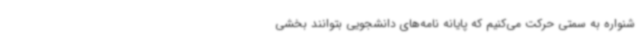
شنواره به سمتی حرکت می‌کنیم که پایانه نامه‌های دانشجویی بتوانند بخشی